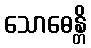
သောဓေန္တိ